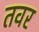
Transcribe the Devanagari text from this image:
तवर